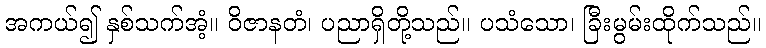
အကယ်၍ နှစ်သက်အံ့။ ဝိဇာနတံ၊ ပညာရှိတို့သည်။ ပသံသော၊ ခြီးမွမ်းထိုက်သည်။